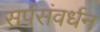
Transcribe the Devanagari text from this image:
सर्पसंवर्धन